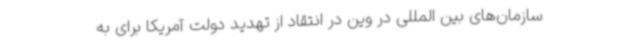
سازمان‌های بین المللی در وین در انتقاد از تهدید دولت آمریکا برای به